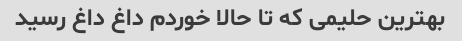
بهترین حلیمی که تا حالا خوردم داغ داغ رسید